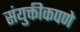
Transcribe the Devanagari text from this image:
संयुक्तीकपणे